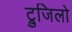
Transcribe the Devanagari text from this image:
ट्रुजिलो